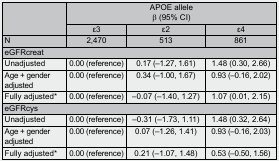
<table><thead><tr><td rowspan="2"></td><td colspan="3"><b>APOE allele β (95% CI)</b></td></tr><tr><td><b>ε3</b></td><td><b>ε2</b></td><td><b>ε4</b></td></tr><tr><td><b>N</b></td><td><b>2,470</b></td><td><b>513</b></td><td><b>861</b></td></tr></thead><tbody><tr><td colspan="4">eGFRcreat</td></tr><tr><td>Unadjusted</td><td>0.00 (reference)</td><td>0.17 (–1.27, 1.61)</td><td>1.48 (0.30, 2.66)</td></tr><tr><td>Age + gender adjusted</td><td>0.00 (reference)</td><td>0.34 (–1.00, 1.67)</td><td>0.93 (–0.16, 2.02)</td></tr><tr><td>Fully adjusted*</td><td>0.00 (reference)</td><td>–0.07 (–1.40, 1.27)</td><td>1.07 (0.01, 2.15)</td></tr><tr><td colspan="4">eGFRcys</td></tr><tr><td>Unadjusted</td><td>0.00 (reference)</td><td>–0.31 (–1.73, 1.11)</td><td>1.48 (0.32, 2.64)</td></tr><tr><td>Age + gender adjusted</td><td>0.00 (reference)</td><td>0.07 (–1.26, 1.41)</td><td>0.93 (–0.16, 2.03)</td></tr><tr><td>Fully adjusted*</td><td>0.00 (reference)</td><td>0.21 (–1.07, 1.48)</td><td>0.53 (–0.50, 1.56)</td></tr></tbody></table>